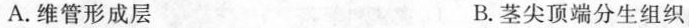
A.维管形成层 B.茎尖顶端分生组织